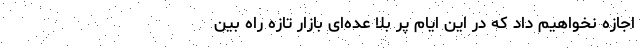
اجازه نخواهیم داد که در این ایام پر بلا عده‌ای بازار تازه راه بین